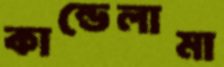
কান্ডেলামা